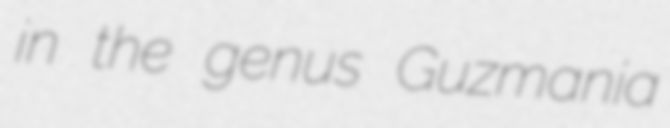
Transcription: in the genus Guzmania